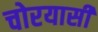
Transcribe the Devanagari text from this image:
चोरयासी